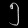
Digit: ၅